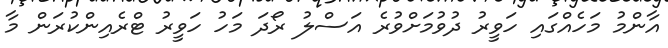
އާންމު މަހެއްގައި ހަވީރު ދުވުމަށްވުރެ އަސްލު ރޯދަ މަހު ހަވީރު ޓްރެއިންކުރަން މާ